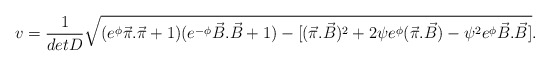
\begin{align*}v = \frac{1}{detD}\sqrt{(e^{\phi}\vec{\pi}.\vec{\pi}+1)(e^{-\phi}\vec{B}.\vec{B}+ 1) - [(\vec{\pi}.\vec{B})^2 + 2\psi e^{\phi}(\vec{\pi}.\vec{B}) - \psi^2 e^{\phi}\vec{B}.\vec{B}]}.\end{align*}